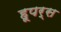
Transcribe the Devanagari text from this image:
हूपर्स